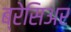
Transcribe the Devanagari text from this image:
ब्रेसिअर